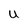
Character: U